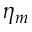
\eta _ { m }